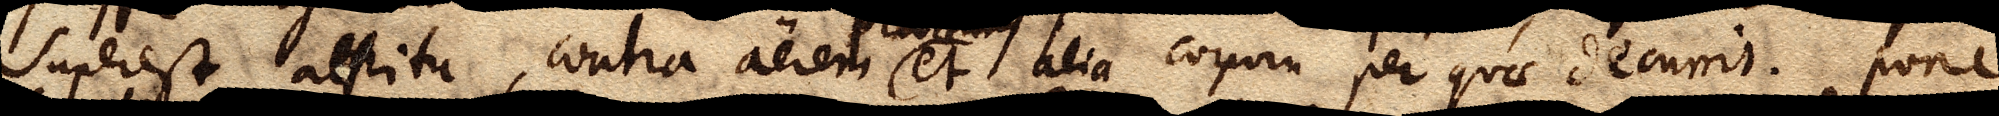
superest attritu, contra aerem et alia corpora per quae decurrit. Pone